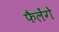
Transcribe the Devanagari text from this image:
फैलेंगे